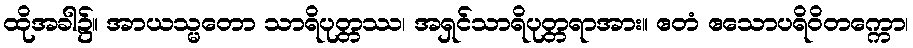
ထိုအခါ၌။ အာယသ္မတော သာရိပုတ္တဿ၊ အရှင်သာရိပုတ္တရာအား။ ဧတံ ဧသောပရိဝိတက္ကော၊